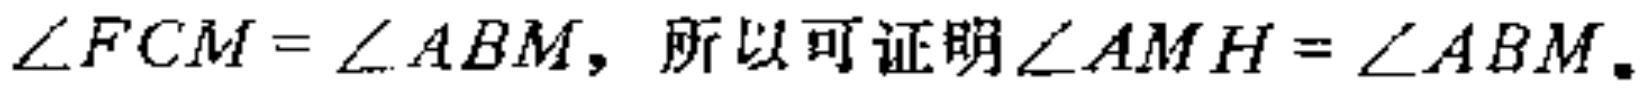
$\angle FCM=\angle ABM, 所以可证明\angle AMH=\angle ABM。$